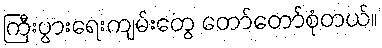
ကြီးပွားရေးကျမ်းတွေ တော်တော်စုံတယ်။